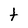
Character: t